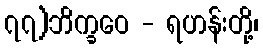
၇၇)ဘိက္ခဝေ - ရဟန်းတို့၊